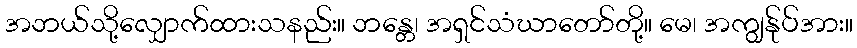
အဘယ်သို့လျှောက်ထားသနည်း။ ဘန္တေ၊ အရှင်သံဃာတော်တို့။ မေ၊ အကျွန်ုပ်အား။